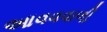
આવવવાળી